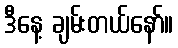
ဒီနေ့ ချမ်းတယ်နော်။